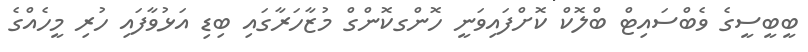
ބީބީސީގެ ވެބްސައިޓް ބްލޮކް ކޮށްްފައިވަނީ ހޮންގކޮންގް މުޒާހަރާގައި ބިޑި އަޅުވާފައި ހުރި މީހެއްގެ